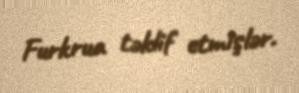
Furkrua təklif etmişlər.